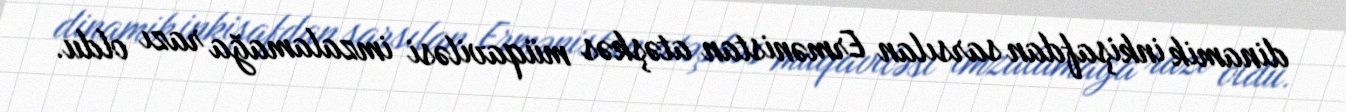
dinamik inkişafdan sarsılan Ermənistan atəşkəs müqaviləsi imzalamağa razı oldu.